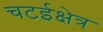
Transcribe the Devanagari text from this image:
चटईक्षेत्र